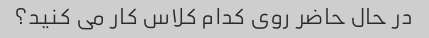
در حال حاضر روی کدام کلاس کار می کنید؟